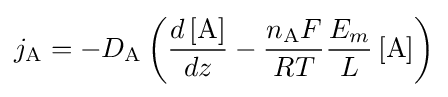
j_{\mathrm {A} }=-D_{\mathrm {A} }\left({\frac {d\left[\mathrm {A} \right]}{dz}}-{\frac {n_{\mathrm {A} }F}{RT}}{\frac {E_{m}}{L}}\left[\mathrm {A} \right]\right)